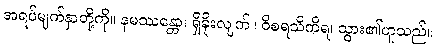
အရပ်မျက်နှာတို့ကို။ နမဿန္တော၊ ရှိခိုးလျက်။ ဝိစရသိကိရ၊ သွား၏ဟူသည်။